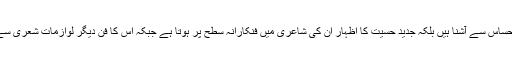
عطا شاد کا شمار بلوچستان کے ان اولین بلکہ اکا دکا شعرا میں ہوتا ہے جو نہ صرف جدید طرز احساس سے آشنا ہیں بلکہ جدید حسیت کا اظہار ان کی شاعری میں فنکارانہ سطح پر ہوتا ہے جبکہ اس کا فن دیگر لوازمات شعری سے بھی مملو ہے، چاہے وہ امیجری ہو کہ غنائیت، بلکہ غنائیت عطا شاد کی شاعری کی جان ہے۔